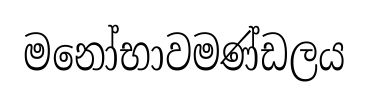
මනෝභාවමණ්ඩලය